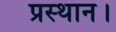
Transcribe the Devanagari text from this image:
प्रस्‍थान।